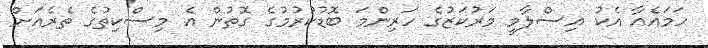
ހަމައެއާ އެކު އިސްލާމީ މަރުކަޒުގެ ހަރިންމަ ބޮޑުކުރުމުގެ ގޮތުން އެ މިސްކިތުގެ ތެރެއަށް